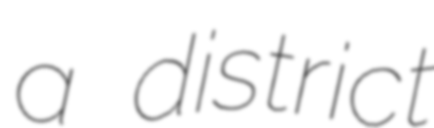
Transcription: a district